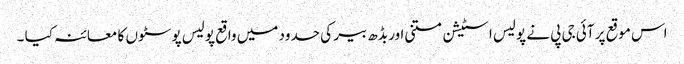
اس موقع پر آئی جی پی نے پولیس اسٹیشن متنی اور بڈھ بیر کی حدود میں واقع پولیس پوسٹوں کا معائنہ کیا ۔